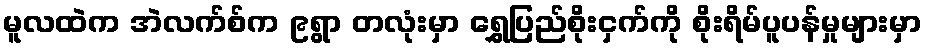
မူလထဲက အဲလက်စ်က ၉ရွာ တလုံးမှာ ရွှေပြည်စိုးငှက်ကို စိုးရိမ်ပူပန်မှုများမှာ